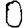
Digit: 0